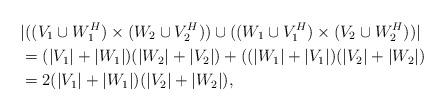
LaTeX: \begin{align*}&|((V_1\cup W_1^H)\times(W_2\cup V_2^H))\cup ((W_1\cup V_1^H)\times(V_2\cup W_2^H))|\\&=(|V_1|+ |W_1|)(|W_2|+|V_2|)+ ((|W_1|+ |V_1|)(|V_2|+|W_2|)\\&=2(|V_1|+ |W_1|)(|V_2|+|W_2|),\end{align*}